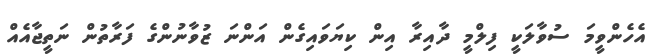
އެހެންވީމަ ސުވާލަކީ ފިލްމީ ދާއިރާ އިން ކިޔަވައިގެން އަންނަ ޒުވާނުންގެ ފަރާތުން ނަތީޖާއެއް